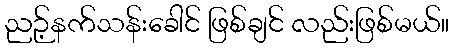
ညဉ့်နက်သန်းခေါင် ဖြစ်ချင် လည်းဖြစ်မယ်။